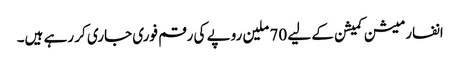
انفارمیشن کمیشن کے لیے 70 ملین روپے کی رقم فوری جاری کر رہے ہیں۔